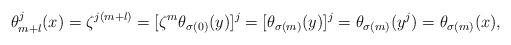
LaTeX: \begin{align*}\theta^j_{m+l}(x)=\zeta^{j(m+l)}=[\zeta^m\theta_{\sigma(0)}(y)]^j=[\theta_{\sigma(m)}(y)]^j=\theta_{\sigma(m)}(y^j)=\theta_{\sigma(m)}(x),\end{align*}